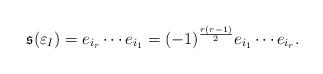
LaTeX: \begin{align*}\mathfrak{s}(\varepsilon_I) = e_{i_r}\cdots e_{i_1} = (-1)^{\frac{r(r-1)}{2}}e_{i_1}\cdots e_{i_r}.\end{align*}